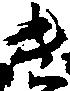
き